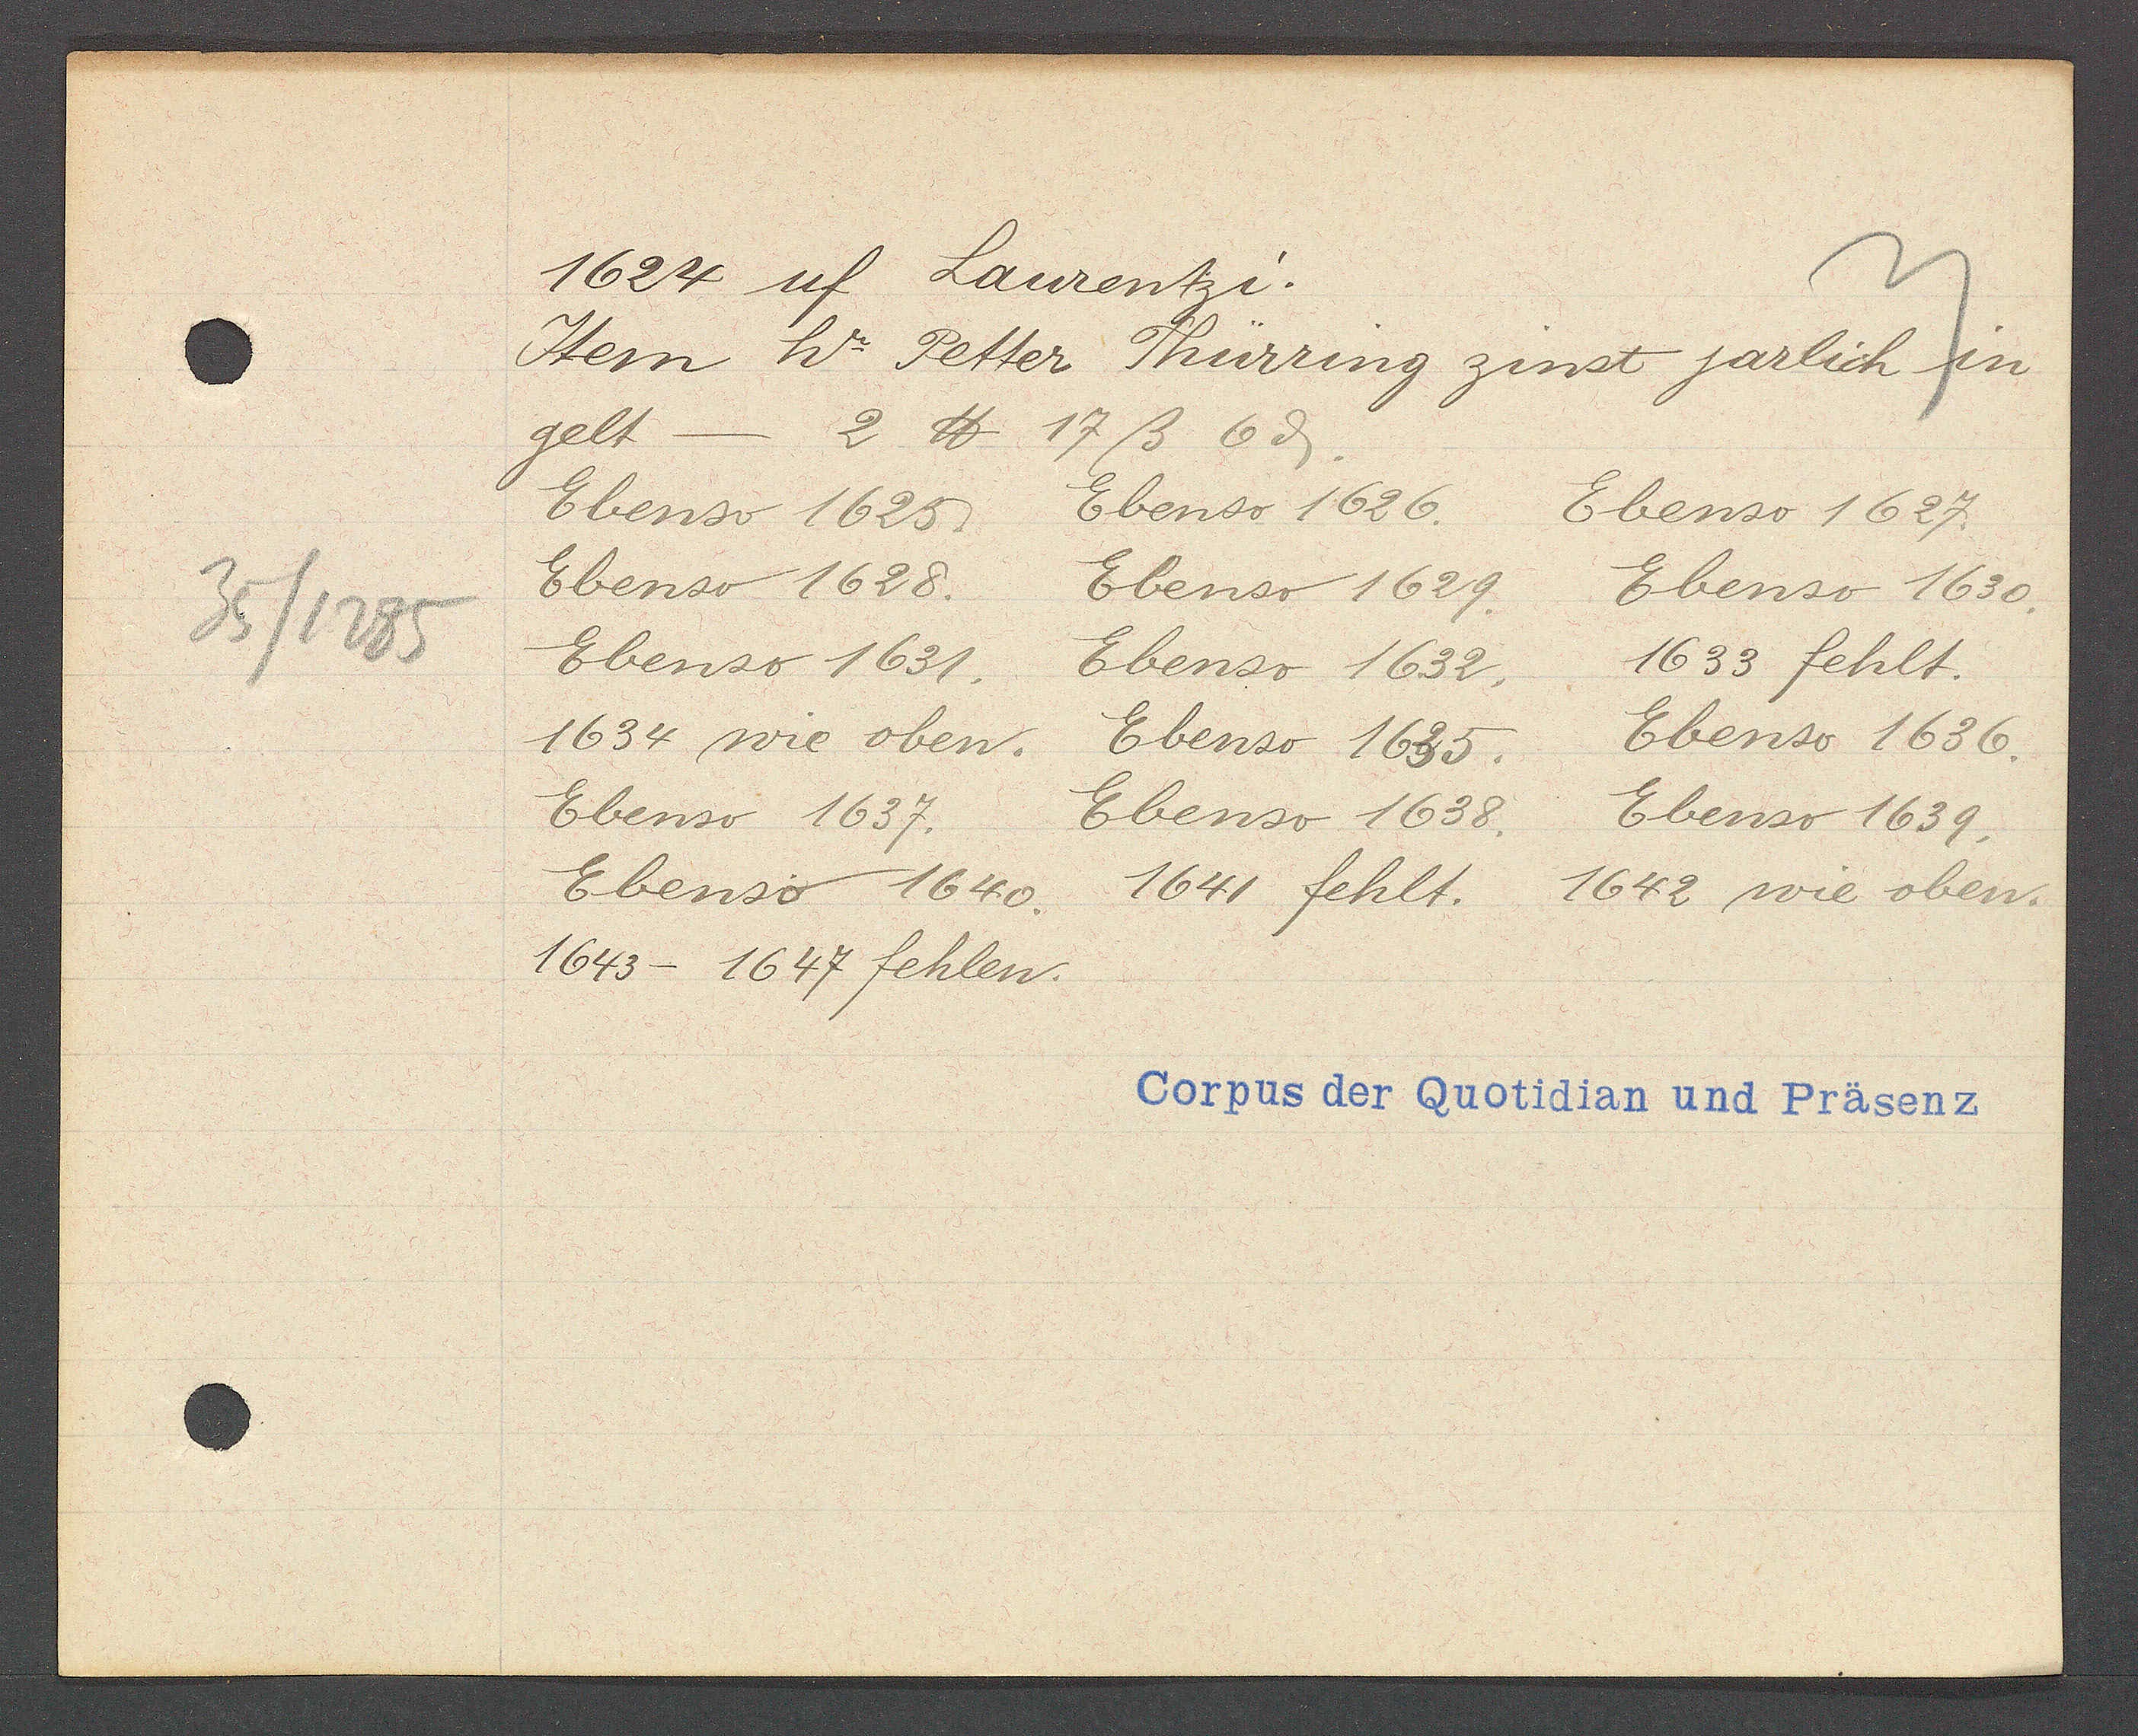
Transcript:
35/1285

1624 uf Laurentzi.

Item hr. Petter Thürring zinst jarlich in
gelt -
2 ℔ 17ß 6ȡ.
Ebenso 1625.
Ebenso 1626.
Ebenso 1627.
Ebenso 1628.
Ebenso 1629.
Ebenso 1630.
Ebenso 1631.
Ebenso 1632.
1633 fehlt.
1634 wie oben.
Ebenso 1635.
Ebenso 1636.
Ebenso 1637.
Ebenso 1638.
Ebenso 1639.
Ebenso 1640.
1641 fehlt.
1642 wie oben.
1643- 1647 fehlen.

Corpus der Quotidian und Präsenz